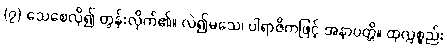
(၇) သေစေလို၍ တွန်းလိုက်၏။ လဲ၍မသေ၊ ပါရာဇိကဖြင့် အနာပတ္တိ။ ထုလ္လစ္စည်း